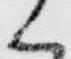
く